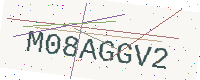
Text: M08AGGV2